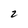
Character: 2